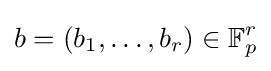
b=(b_{1},\ldots ,b_{r})\in \mathbb {F} _{p}^{r}